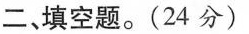
二、填空题。(24分)